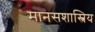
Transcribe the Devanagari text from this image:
मानसशास्त्रिय